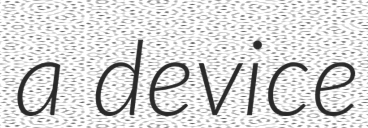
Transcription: a device